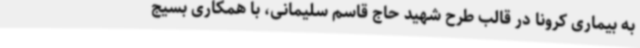
به بیماری کرونا در قالب طرح شهید حاج قاسم سلیمانی، با همکاری بسیج